255_413270_UFO's_and_Defense_What_Should_we_Prepare_For
Agency: NASA
Page 52
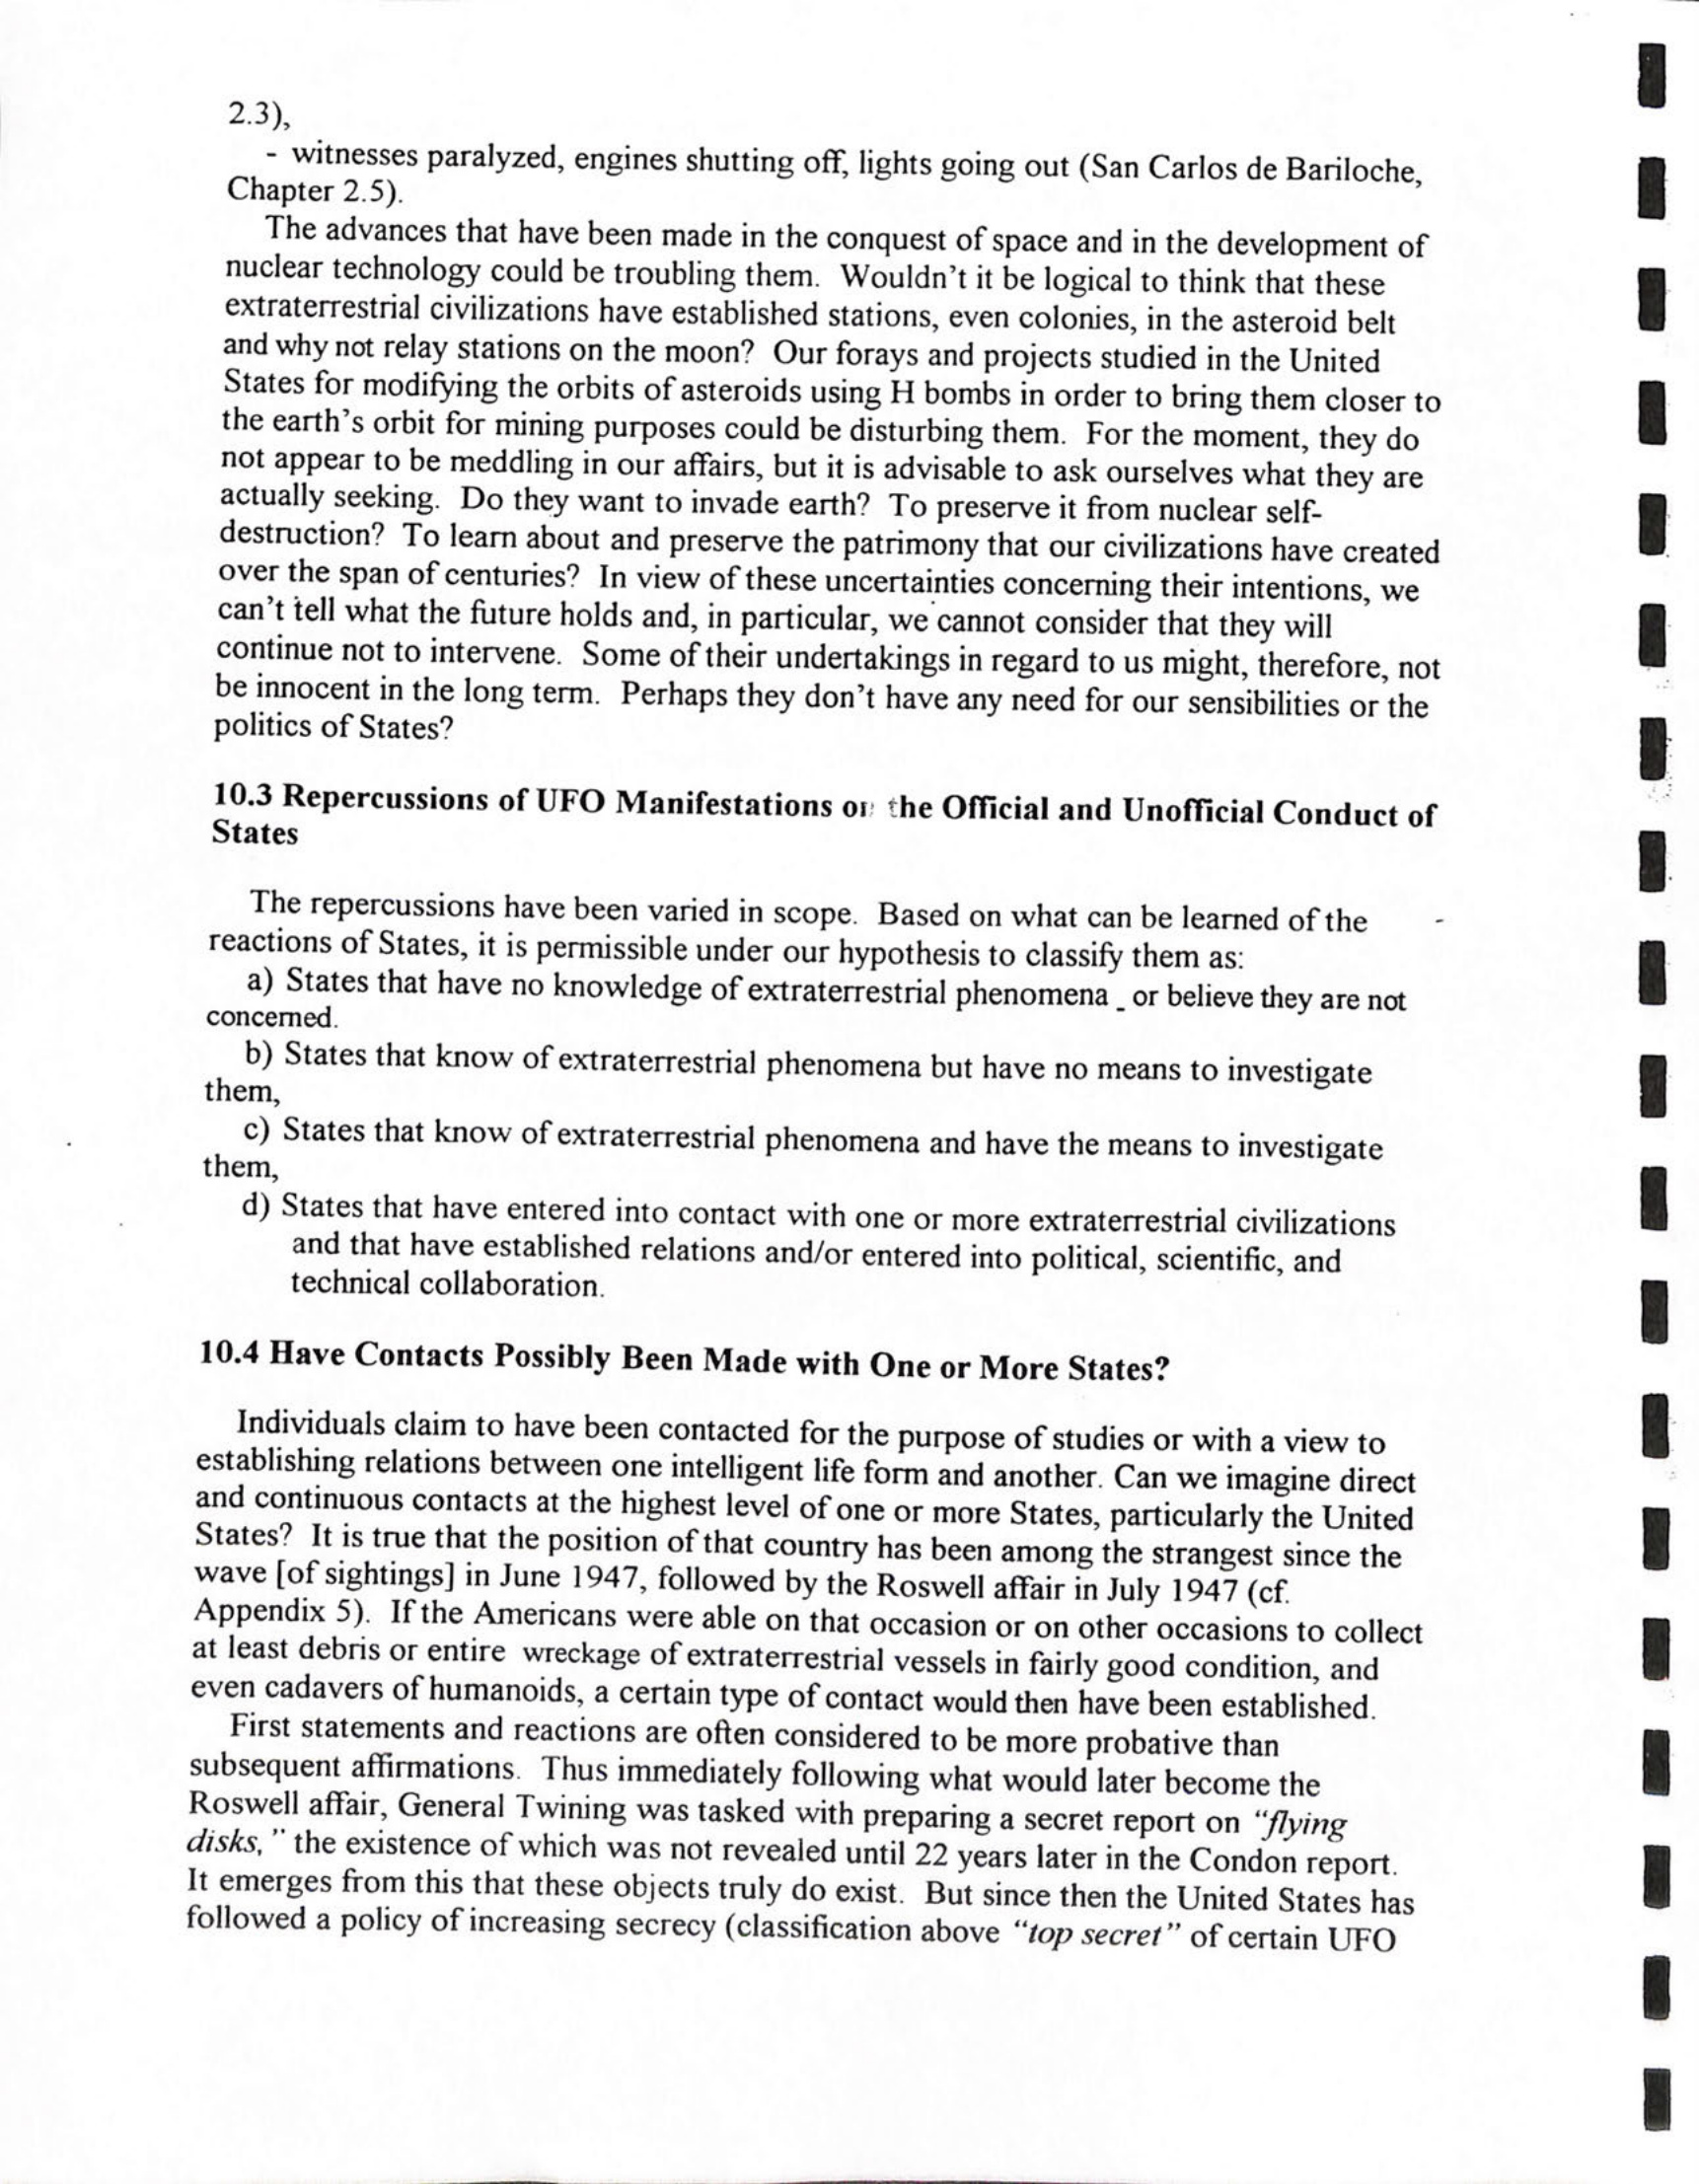